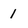
Character: 1